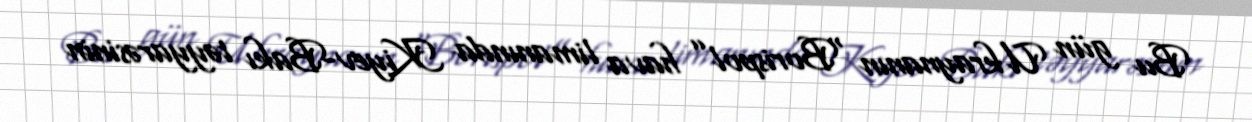
Bu gün Ukraynanın “Borispol” hava limanında Kiyev-Bakı təyyarəsinin